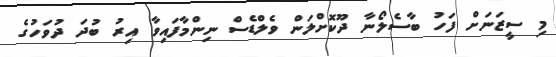
މި ސީޒަނަށް ފަހު ބާސެލޯނާ ދޫކޮށްލަން ވެލްޑެސް ނިންމާފައިވާ އިރު ބުދަ ދުވަހުގެ